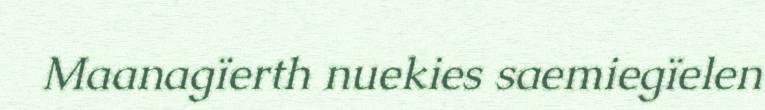
Maanagïerth nuekies saemiegïelen